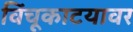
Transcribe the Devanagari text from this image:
विंचूकाटयावर